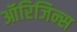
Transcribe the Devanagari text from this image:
ऑरिजिन्स